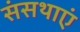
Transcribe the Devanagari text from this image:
संसथाएं